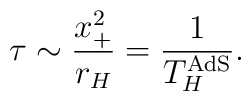
\tau \sim \frac{x_{+}^2}{r_{H}} = \frac{1}{T^{\rm AdS}_{H}}.